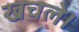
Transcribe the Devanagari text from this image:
खचले।